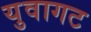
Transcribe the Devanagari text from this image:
युवागट